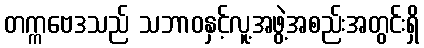
တက္ကဗေဒသည် သဘာဝနှင့်လူ့အဖွဲ့အစည်းအတွင်းရှိ